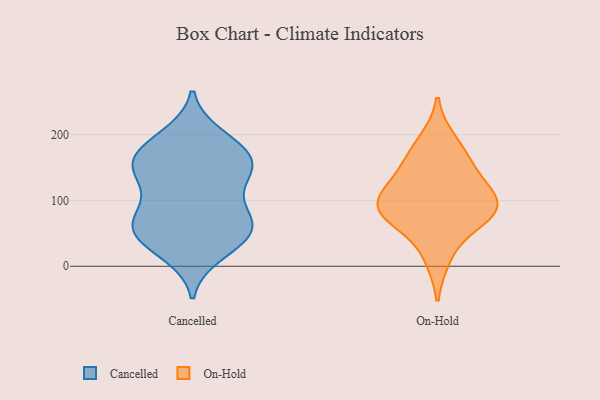
{"axis": {"x": "Operating Costs (USD K)", "y": "Value"}, "legend": ["Cancelled", "On-Hold"], "data": [{"x": "", "y": 54, "type": "Cancelled"}, {"x": "", "y": 28, "type": "Cancelled"}, {"x": "", "y": 76, "type": "Cancelled"}, {"x": "", "y": 75, "type": "Cancelled"}, {"x": "", "y": 136, "type": "Cancelled"}, {"x": "", "y": 49, "type": "Cancelled"}, {"x": "", "y": 94, "type": "Cancelled"}, {"x": "", "y": 19, "type": "Cancelled"}, {"x": "", "y": 154, "type": "Cancelled"}, {"x": "", "y": 159, "type": "Cancelled"}, {"x": "", "y": 54, "type": "Cancelled"}, {"x": "", "y": 183, "type": "Cancelled"}, {"x": "", "y": 156, "type": "Cancelled"}, {"x": "", "y": 198, "type": "Cancelled"}, {"x": "", "y": 190, "type": "Cancelled"}, {"x": "", "y": 147, "type": "Cancelled"}, {"x": "", "y": 127, "type": "Cancelled"}, {"x": "", "y": 70, "type": "Cancelled"}, {"x": "", "y": 160, "type": "Cancelled"}, {"x": "", "y": 48, "type": "Cancelled"}, {"x": "", "y": 106, "type": "On-Hold"}, {"x": "", "y": 104, "type": "On-Hold"}, {"x": "", "y": 162, "type": "On-Hold"}, {"x": "", "y": 13, "type": "On-Hold"}, {"x": "", "y": 73, "type": "On-Hold"}, {"x": "", "y": 79, "type": "On-Hold"}, {"x": "", "y": 119, "type": "On-Hold"}, {"x": "", "y": 151, "type": "On-Hold"}, {"x": "", "y": 191, "type": "On-Hold"}, {"x": "", "y": 73, "type": "On-Hold"}, {"x": "", "y": 87, "type": "On-Hold"}]}